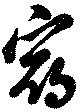
宿